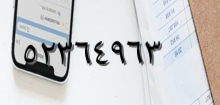
٥٢٣٦٤٩٦٣